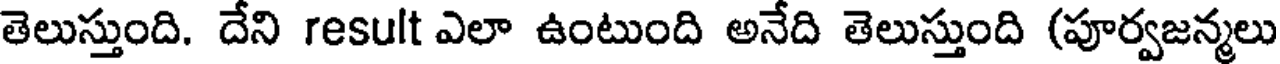
తెలుస్తుంది. దేని result ఎలా ఉంటుంది అనేది తెలుస్తుంది (పూర్వజన్మలు